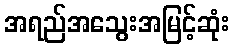
အရည်အသွေးအမြင့်ဆုံး